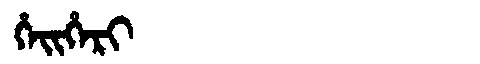
Manchu: ᡥᡝᡳᡥᡝᡵᡳ
Romanization: HEIHERI